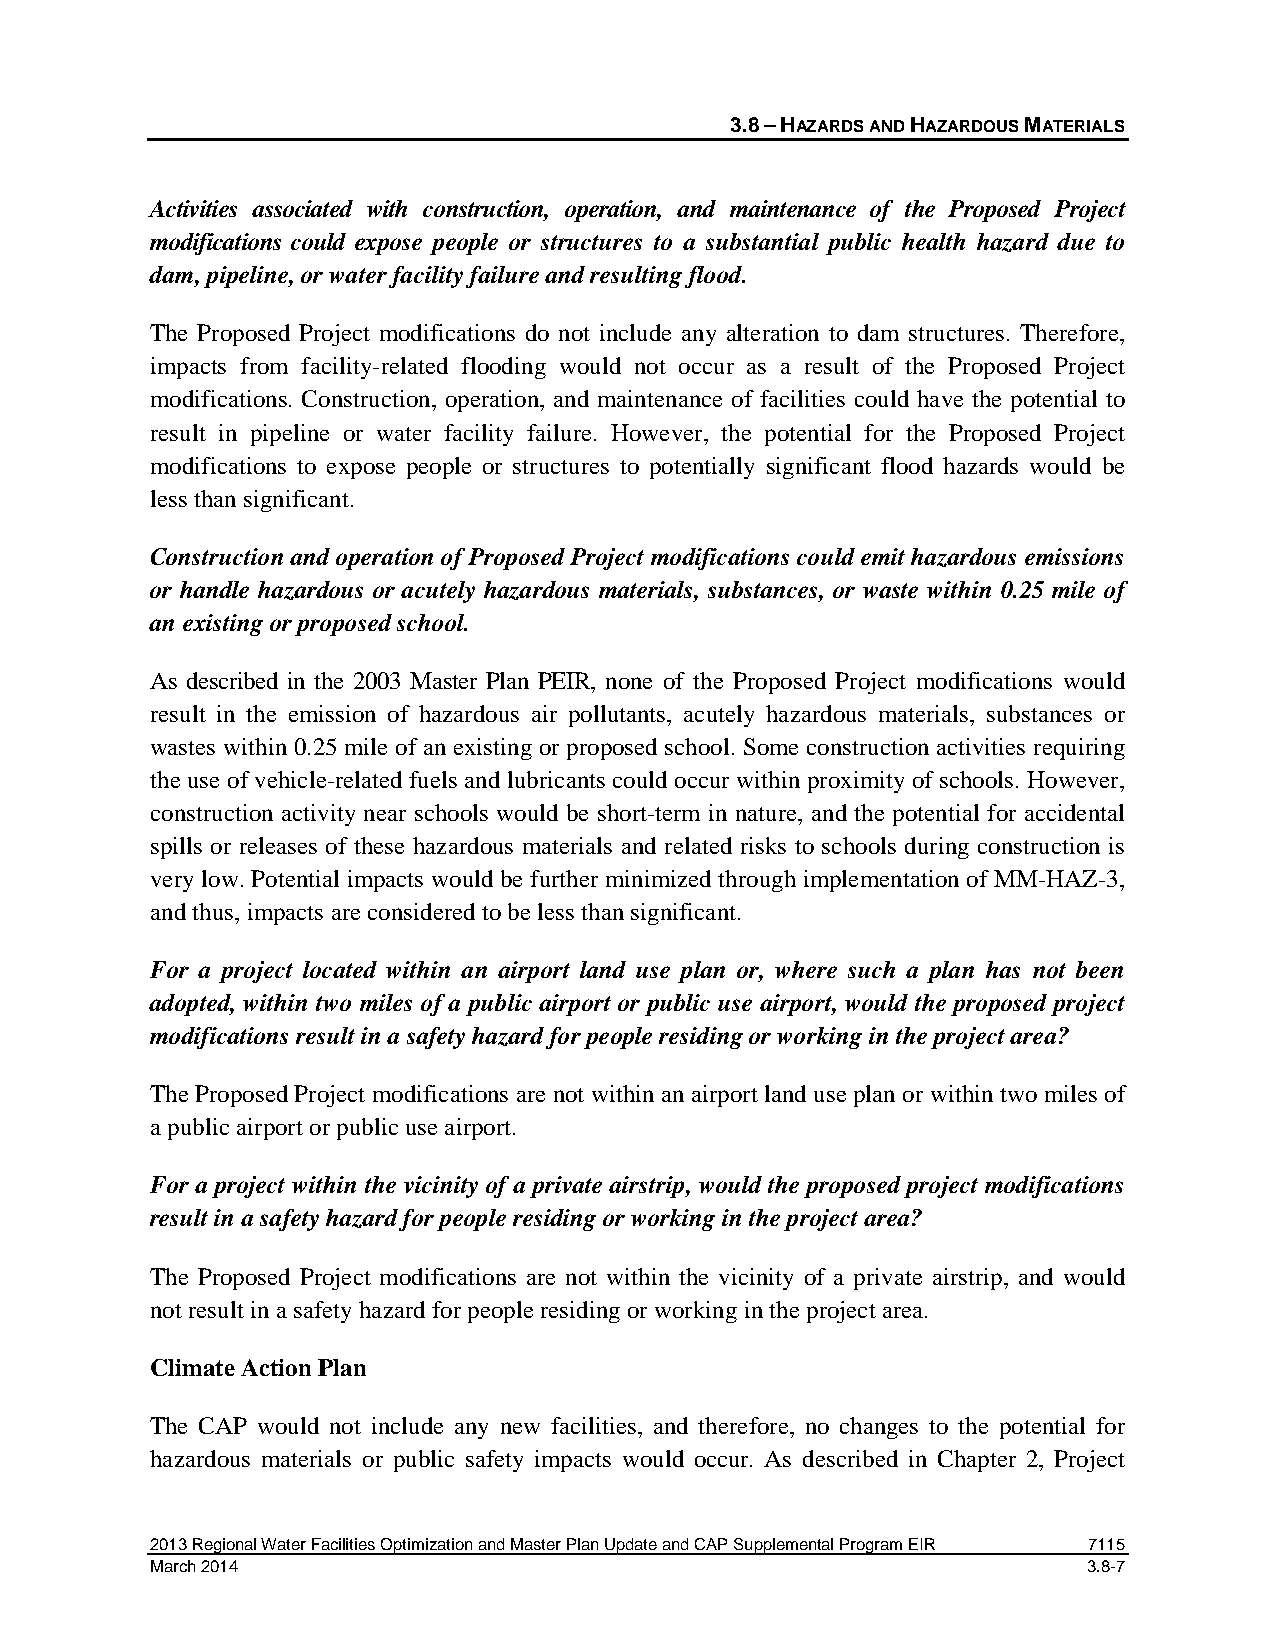
3.8 – HAZARDS AND HAZARDOUS MATERIALS
 Activities associated with construction, operation, and maintenance of the Proposed Project
 modifications could expose people or structures to a substantial public health hazard due to
 dam, pipeline, or water facility failure and resulting flood.
 The Proposed Project modifications do not include any alteration to dam structures. Therefore,
 impacts from facility-related flooding would not occur as a result of the Proposed Project
 modifications. Construction, operation, and maintenance of facilities could have the potential to
 result in pipeline or water facility failure. However, the potential for the Proposed Project
 modifications to expose people or structures to potentially significant flood hazards would be
 less than significant.
 Construction and operation of Proposed Project modifications could emit hazardous emissions
 or handle hazardous or acutely hazardous materials, substances, or waste within 0.25 mile of
 an existing or proposed school.
 As described in the 2003 Master Plan PEIR, none of the Proposed Project modifications would
 result in the emission of hazardous air pollutants, acutely hazardous materials, substances or
 wastes within 0.25 mile of an existing or proposed school. Some construction activities requiring
 the use of vehicle-related fuels and lubricants could occur within proximity of schools. However,
 construction activity near schools would be short-term in nature, and the potential for accidental
 spills or releases of these hazardous materials and related risks to schools during construction is
 very low. Potential impacts would be further minimized through implementation of MM-HAZ-3,
 and thus, impacts are considered to be less than significant.
 For a project located within an airport land use plan or, where such a plan has not been
 adopted, within two miles of a public airport or public use airport, would the proposed project
 modifications result in a safety hazard for people residing or working in the project area?
 The Proposed Project modifications are not within an airport land use plan or within two miles of
 a public airport or public use airport.
 For a project within the vicinity of a private airstrip, would the proposed project modifications
 result in a safety hazard for people residing or working in the project area?
 The Proposed Project modifications are not within the vicinity of a private airstrip, and would
 not result in a safety hazard for people residing or working in the project area.
 Climate Action Plan
 The CAP would not include any new facilities, and therefore, no changes to the potential for
 hazardous materials or public safety impacts would occur. As described in Chapter 2, Project
 2013 Regional Water Facilities Optimization and Master Plan Update and CAP Supplemental Program EIR 7115
 March 2014                                                    3.8-7